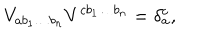
V _ { a b _ { 1 } \ldots b _ { n } } V ^ { c b _ { 1 } \ldots b _ { n } } = \delta _ { a } ^ { c } ,